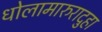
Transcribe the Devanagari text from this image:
धोलामारुरादुहा